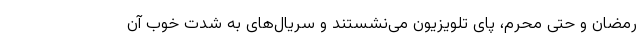
رمضان و حتی محرم، پای تلویزیون می‌نشستند و سریال‌های به شدت خوب آن